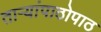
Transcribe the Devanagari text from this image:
ताऱ्यांपाठोपाठ